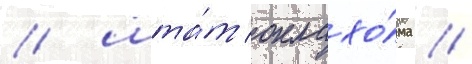
/ шта́т оклахо́ма //